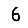
Digit: 6